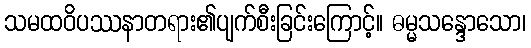
သမထဝိပဿနာတရား၏ပျက်စီးခြင်းကြောင့်။ ဓမ္မသန္ဒောသော၊